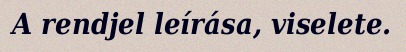
A rendjel leírása, viselete.